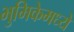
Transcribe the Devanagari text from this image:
भुमिकेमध्ये